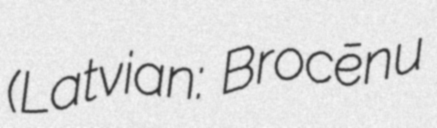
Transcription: (Latvian: Brocēnu